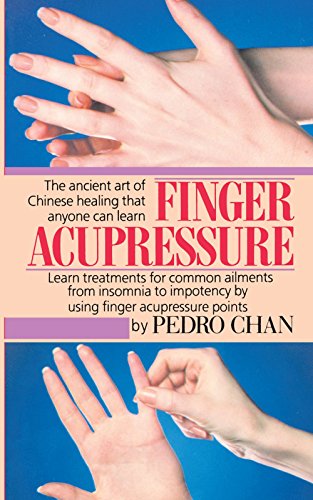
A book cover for Finger Acupressure: Treatment for Many Common Ailments from Insomnia to Impotence by Using Finger Massage on Acupuncture Points; Pedro Chan; Health, Fitness & Dieting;